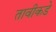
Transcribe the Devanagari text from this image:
तावीकडे